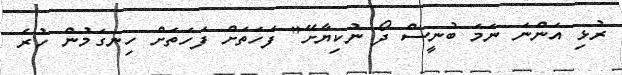
ރުޅި އަންނަ ނަމަ ބުނީސް ދޯ ނުކިޔާށޭ" ފަހަތަށް ފަހަތަށް ހިނގަމުން ހުރެ